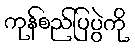
ကုန်စည်ပြပွဲကို